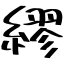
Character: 繆